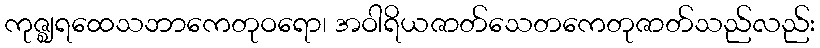
ကုဇ္ဈရထေသဘာကေတုဝရော၊ အဝါရိယဇာတ်သေတကေတုဇာတ်သည်လည်း